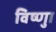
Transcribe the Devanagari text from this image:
विष्णुा